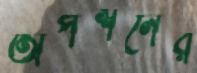
অপশনের